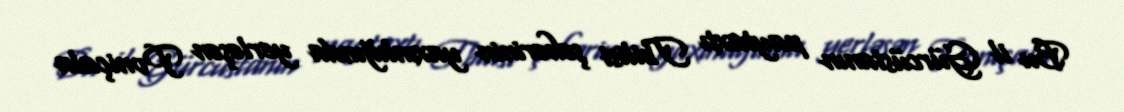
Bu il Gürcüstanın paytaxtı Tbilisi şəhərinin yaxınlığında yerləşən Poniçala